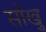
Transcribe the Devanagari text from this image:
साँखु